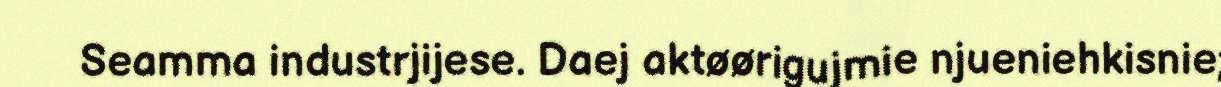
Seamma industrjijese. Daej aktøørigujmie njueniehkisnie;